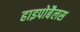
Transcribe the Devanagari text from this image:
हाइपोबैलस